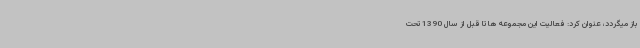
باز میگردد، عنوان کرد: فعالیت این مجموعه ها تا قبل از سال 1390 تحت